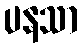
ပနသာ